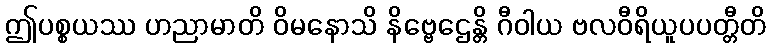
ဤပစ္စယဿ ဟညာမာတိ ဝိမနောသိ နိဗ္ဗေဌေန္တိ ဂီဝါယ ဗလဝီရိယူပပတ္တီတိ